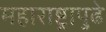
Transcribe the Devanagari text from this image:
महाराष्ट्रापुढे